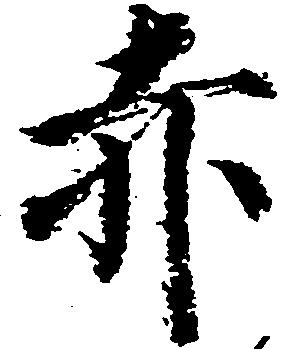
赤